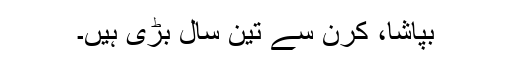
بپاشا، کرن سے تین سال بڑی ہیں۔